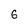
Character: 6